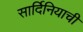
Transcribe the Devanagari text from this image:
सार्दिनियाची